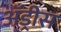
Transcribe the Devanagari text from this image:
अँड्रीस